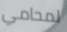
لمحامي